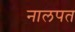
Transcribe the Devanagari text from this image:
नालपत